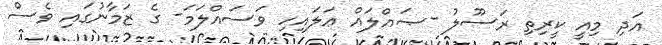
އަދި މިއީ ކީރިތި ރަސޫލު -ޞައްލައް ޢަލައިހި ވަސައްލަމަ- ގެ ޒަމާނުގައި ވެސް